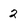
Character: 2